Civil Veterinary Dept. Assam report 1911-1927 - 1911-1927
Year: 1911
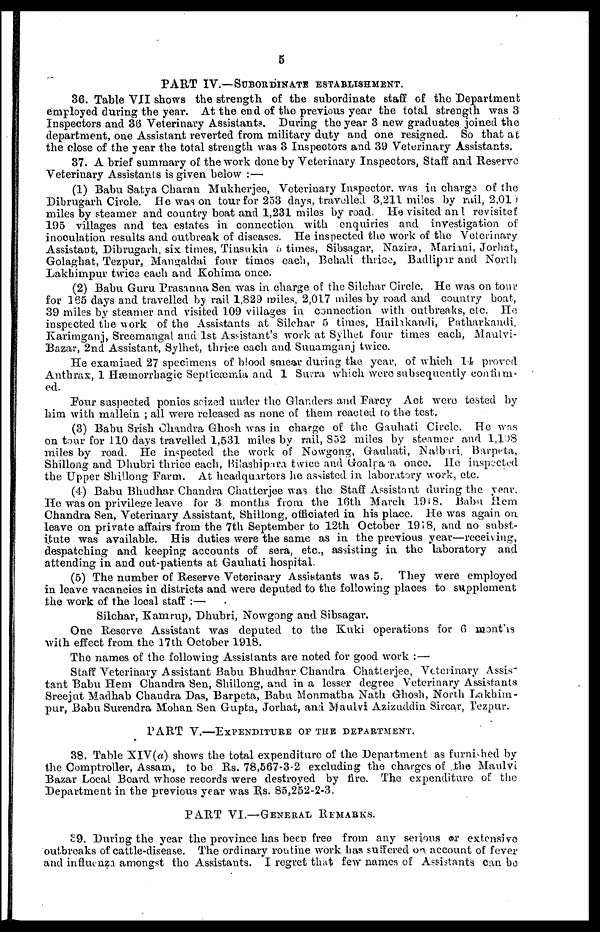
5
PART IV.—SUBORDINATE ESTABLISHMENT.
36. Table VII shows the strength of the subordinate staff of the Department
employed during the year. At the end of the previous year the total strength was 3
Inspectors and 36 Veterinary Assistants During the year 3 new graduates joined the
department, one Assistant reverted from military duty and one resigned. So that at
the close of the year the total strength was 3 Inspectors and 39 Veterinary Assistants.
37. A brief summary of the work done by Veterinary Inspectors, Staff and Reserve
Veterinary Assistants is given below :—
(1) Babu Satya Charan Mukherjee, Veterinary Inspector, was in charge of the
Dibrugarh Circle. He was on tour for 253 days, travelled 3,211 miles by rail, 2,010
miles by steamer and country boat and 1,231 miles by road. He visited and revisiter
195 villages and tea estates in connection with enquiries and investigation of
inoculation results and outbreak of diseases. He inspected the work of the Veterinary
Assistant, Dibrugarh, six times, Tinsukia 5 times, Sibsagar, Nazira, Marimi, Jorhat,
Golaghat, Tezpur, Mangaldai four times each, Behali three, Badlipar and North
Lakhimpur twice each and Kohima once.
(2) Babu Guru Prasanna Sen was in charge of the Silchar Circle. He was on tour
for 165 days and travelled by rail 1,829 miles, 2,017 miles by road and country boat,
39 miles by steamer and visited 109 villages in connection with outbreaks, etc. He
inspected the work of the Assistants at Silchar 5 times, Haihkandi, Patharkaiuli,
Karimganj, Sreemangal and 1st Assistant's work at Syihet four times each, Maulvi-
Bazar, 2nd Assistant, Sylhet, thrice each and Sunamganj twice.
He examined 27 specimens of blood smew during the year, of which 14 proved
Anthrax, 1 Hæmorrhagic Septicæmia and 1 Surra which were subsequently eonfirrm
ed.
Four suspected ponies seized under the Glanders and Farcy Act were tested by
him with rnallein ; all were released as none of them reacted to the test.
(3) Babu Srish Chandra Ghosh was in charge of the Gauhati Circle. He was
on tour for 110 days travelled 1,531 miles by rail, 852 miles by steamer and 1,198
miles by road. He inspected the work of Nowgong, Gauhati, Nalbari, Barpeta,
Shillong and Dhubri thrice each, Bilashipara twice and Goalpara once. He inspected
the Upper Shillong Farm. At headquarters he assisted in Laboratory work, etc.
(4) Babu Bhudhar Chandra Chatterjee was the Staff Assistant during the year.
He was on privilege leave for 3 months from the 16th March 1918. Babu Hem
Chandra Sen, Veterinary Assistant, Shillong, officiated in his place. He was again on
leave on private affairs from the 7th September to 12th October 1918, and no subst-
itute was available. His duties were the same as in the previous year—receiving,
despatching and keeping accounts of sera, etc., assisting in the laboratory and
attending in and out-patients at Gauhati hospital.
(5) The number of Reserve Veterinary Assistants was 5. They were employed
in leave vacancies in districts and were deputed to the following places to supplement
the work of the local staff :—
Silchar, Karnrup, Dhubri, Nowgong and Sibsagar.
One Reserve Assistant was deputed to the Kuki operations for 6 months
with effect from the 17th October 1918.
The names of the following Assistants are noted for good work :—
Staff Veterinary Assistant Babu Bhudhar Chandra Chatlerjee, Veterinary Assi-
tant Babu Hem Chandra Sen, Shillong, and in a lesser degree Veterinary Assistants
Sreejut Madhab Chandra Das, Barpeta, Babu Monmatha Nath Ghosh, North Lakhim-
pur, Babu Surendra Mohan Sen Gupta, Jorhat, and Maulvi Azizuddin Sircar, Tezpur.
PART V.—EXPENDITURE OF THE DEPARTMENT.
38. Table XIV(a) shows the total expenditure of the Department as furnished by
the Comptroller, Assam, to be Rs. 78,567-3-2 excluding the charges of the Maulvi
Bazar Local Board whose records were destroyed by fire. The expenditure of the
Department in the previous year was Rs. 85,252-2-3.
PART VI.—GENERAL REMARKS.
39. During the year the province has been free from any serious or extensive
outbreaks of cattle-disease. The ordinary routine work has suffered on account of fever
and influenza amongst the Assistants. I regret that few names of Assistants can be